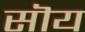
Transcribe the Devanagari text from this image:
सॊय